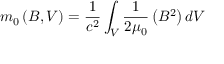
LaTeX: m _ { 0 } \left( B , V \right) = \frac { 1 } { c ^ { 2 } } \int _ { V } \frac { 1 } { 2 \mu _ { 0 } } \left( B ^ { 2 } \right) d V